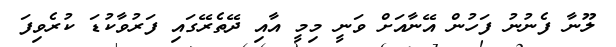
ލޫނާ ފެނުނު ފަހުން އޭނާއަށް ވަނީ މިމީ އާއި ދޭތެރޭގައި ފަރުވާކުޑަ ކުރެވިފަ